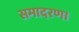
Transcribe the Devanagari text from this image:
समादरण।